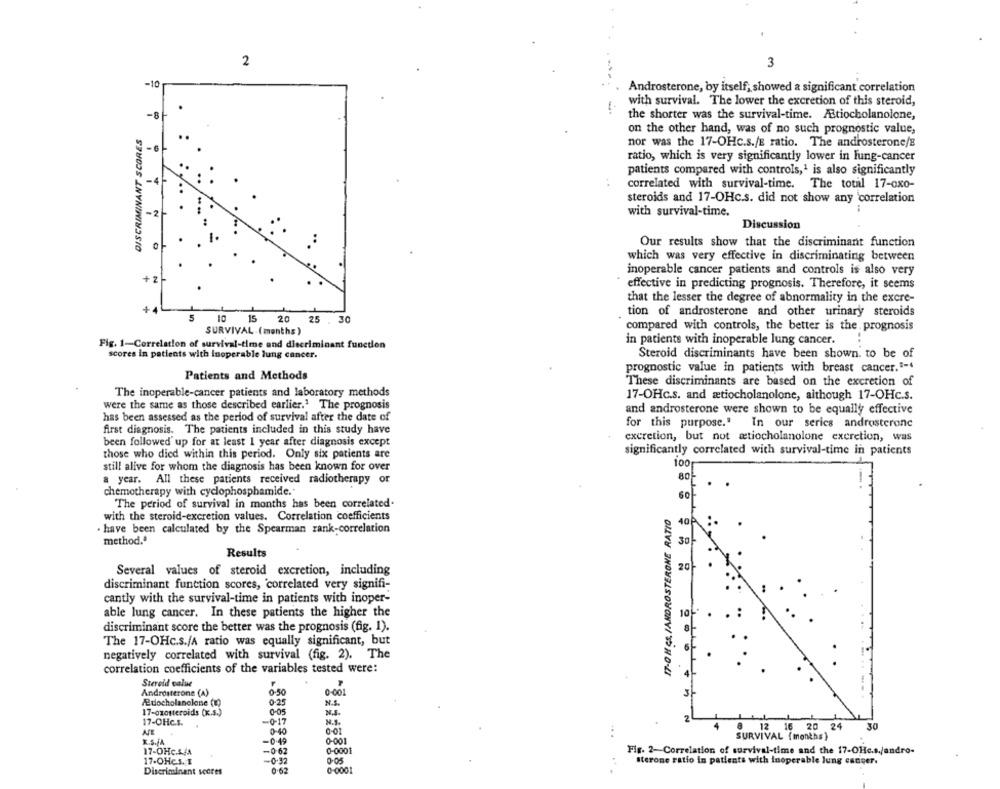
2
3
-10
Androsterone, by itself, showed a significant correlation
with survival. The lower the excretion of this steroid,
-8
the shorter was the survival-time. Atiocholanolone,
DISCRIMINANT SCORES
on the other hand, was of no such prognostic value,
nor was the 17-OHc.s./E ratio. The androsterone/s
6
ratio, which is very significantly lower in Fung-cancer
patients compared with controls,1 is also significantly
-4
correlated with survival-time.
The total 17-oxo-
steroids and 17-OHc.s. did not show any correlation
-2
with survival-time.
Discussion
Our results show that the discriminant function
which was very effective in discriminating between
inoperable cancer patients and controls is also very
effective in predicting prognosis. Therefore, it seems
that the lesser the degree of abnormality in the excre-
tion of androsterone and other urinary steroids
5
10
15 20 25 . 30
SURVIVAL (months)
compared with controls, the better is the prognosis
in patients with inoperable lung cancer.
Fig. 1-Correlation of survival-time and discriminant function
scores in patients with inoperable lung cancer.
Steroid discriminants have been shown. to be of
prognostic value in patients with breast cancer."-
Patients and Methods
These discriminants are based on the excretion of
The inoperable-cancer patients and laboratory methods
17-OHc.s. and ætiocholanolone, although 17-OHc.s.
were the same as those described earlier." The prognosis
and androsterone were shown to be equally effective
has been assessed as the period of survival after the date of
for this purpose." In our serics androsterone
first diagnosis. The patients included in this study have
been followed' up for at least 1 year after diagnosis except
excretion, but not atiocholanolone excretion, was
those who died within this period. Only six patients are
significantly correlated with survival-time in patients
100
still alive for whom the diagnosis has been known for over
a year. All these patients received radiotherapy or
80
chemotherapy with cyclophosphamide."
60
The period of survival in months has been correlated.
IT-O H GR. IANDROSTERONE RATIO
with the steroid-excretion values. Correlation coefficients
. have been calculated by the Spearman rank-correlation
method."
30
Results
20
Several values of steroid excretion, including
discriminant function scores, 'correlated very signifi-
cantly with the survival-time in patients with inoper-
able lung cancer. In these patients the higher the
10
discriminant score the better was the prognosis (fig. 1).
The 17-OHc.s./A ratio was equally significant, but
negatively correlated with survival (fig. 2). The
correlation coefficients of the variables tested were:
4
Steroid value
Androsterone (A)
0.50
0-001
Adocholanclone (1)
0:25
N.S.
0-05
N.S.
17-oxosteroids (x.s.)
17-OHc.s.
-0-17
N.S.
8 12 16 20 24
30
0-40
K.S.JA
-0.49
0:001
SURVIVAL (months)
17-OHc.1/4
-0-62
0-0001
Fig. 2-Correlation of survival-time and the 17-OHc.s./andro-
17-OHCs. I
-0.32
0.05
Sterone ratio in patients with Inoperable lung cancer.
Discriminant scores
0.62
0-0001